Report of the Municipal Commissioner on the plague in Bombay for the year ending 31st May... - Volume 3
Disease focus: Plague
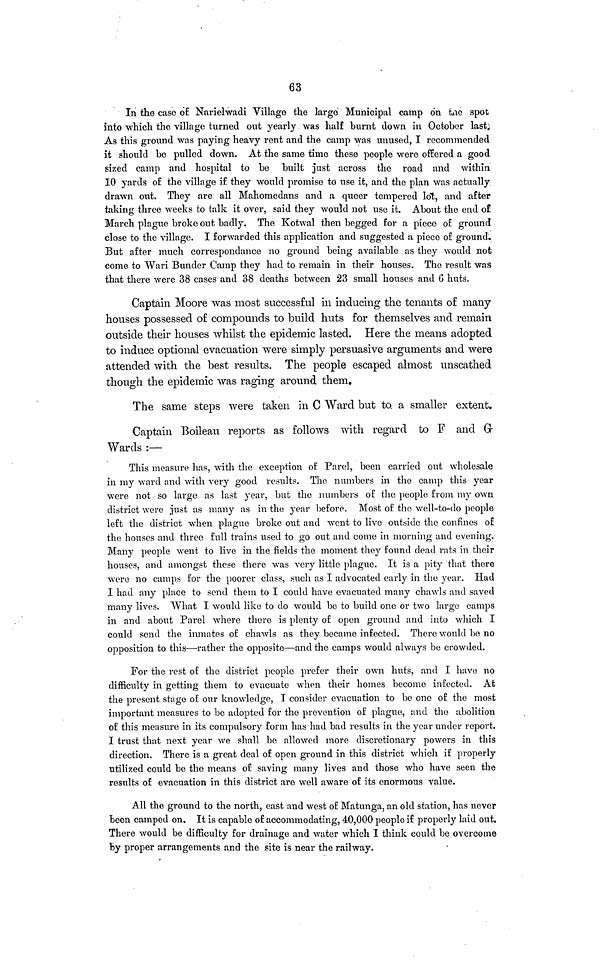
63
In the case of Narielwadi Village the large Municipal camp on the spot
into which the village turned out yearly was half burnt down in October last.
As this ground was paying heavy rent and the camp was unused, I recommended
it should be pulled down. At the same time these people were offered a good
sized camp and hospital to be built just across the road and within
10 yards o£ the village i£ they would promise to use it, and the plan was actually
drawn out. They are all Mahomedans and a queer tempered lot, and after
taking three weeks to talk it over, said they would not use it. About the end of
March plague broke out badly. The Kotwal then begged for a piece of ground
close to the village. I forwarded this application and suggested a piece of ground.
But after much correspondance no ground being available as they would not
come to Wari Bunder Camp they had to remain in their houses. The result was
that there were 38 cases and 38 deaths between 23 small houses and 6 huts.
Captain Moore was most successful in inducing the tenants of many
houses possessed of compounds to build huts for themselves and remain
outside their houses whilst the epidemic lasted. Here the means adopted
to induce optional evacuation were simply persuasive arguments and were
attended with the best results. The people escaped almost unscathed
though the epidemic was raging around them.
The same steps were taken in C Ward but to. a smaller extent.
Captain Boileau reports as follows with regard to F and G
Wards :—
This measure has, with the exception of Parel, been carried out wholesale
in my ward and with very good results. The numbers in the camp this year
were not so large as last year, but the numbers of the people from my own
district were just as many as in the year before. Most of the well-to-do people
left the district when plague broke out and went to live outside the confines of
the houses and three full trains used to go out and come in morning and evening.
Many people went to live in the fields the moment they found dead rats in their
houses, and amongst these there was very little plague. It is a pity that there
were no camps for the poorer class, such as I advocated early in the year. Had
I had any place to send them to I could have evacuated many chawls and saved
many lives. What I would like to do would be to build one or two large camps
in and about Parel where there is plenty of open ground and into which I
could send the inmates of chawls as they became infected. There would be no
opposition to this—rather the opposite—and the camps would always be crowded.
For the rest of the district people prefer their own huts, and I have no
difficulty in getting them to evacuate when their homes become infected. At
the present stage of our knowledge, I consider evacuation to be one of the most
important measures to be adopted for the prevention of plague, and the abolition
of this measure in its compulsory form has had bad results in the year under report.
I trust that next year we shall be allowed more discretionary powers in this
direction. There is a great deal of open ground in this district which if properly
utilized could be the means of saving many lives and those who have seen the
results of evacuation in this district are well aware of its enormous value.
All the ground to the north, east and west of Matunga, an old station, has never
been camped on. It is capable of accommodating, 40,000 people if properly laid out.
There would be difficulty for drainage and water which I think could be overcome
by proper arrangements and the site is near the railway.